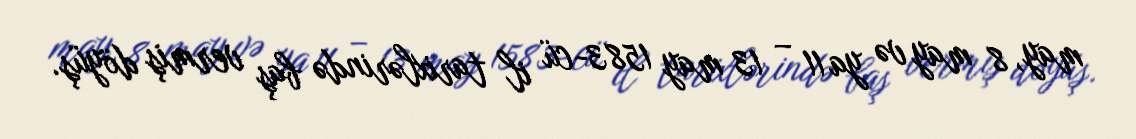
may, 8 may və ya 11 – 13 may 1583-cü il tarixlərində baş vermiş döyüş.